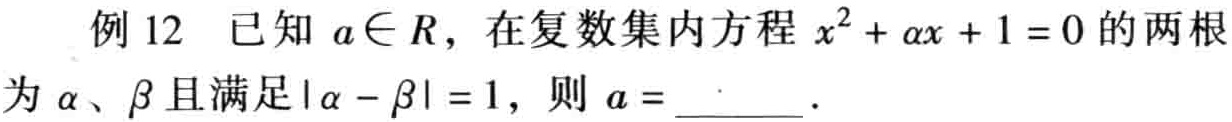
例 12 已知 \(a\in R\)，在复数集内方程 \(x^{2}+ax + 1 = 0\) 的两根为 \(\alpha\)、\(\beta\) 且满足 \(|\alpha - \beta| = 1\)，则 \(a =\)___.